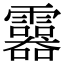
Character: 𩆮